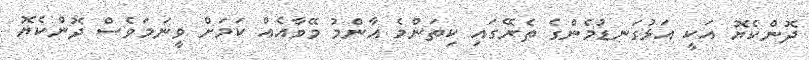
ދޮންކެޔޮ އަކީ އަޅުގަނޑުމެންގެ ތެރޭގައި ކިތަންމެ އާންމު މޭވާއެއް ކަމަށް ވީނަމަވެސް ދޮންކެޔޮ